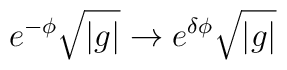
e^{-\phi}\sqrt {|g|} \rightarrow e^{\delta\phi}\sqrt {|g|}